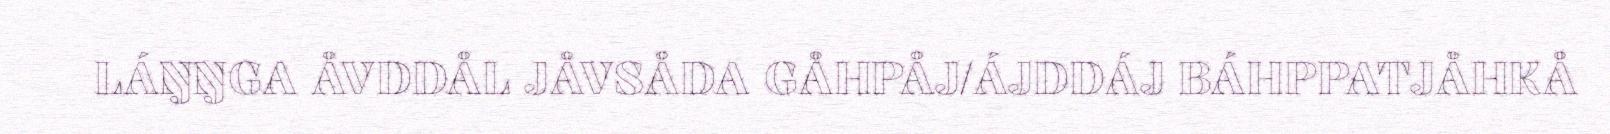
LÁŊŊGA ÅVDDÅL JÅVSÅDA GÅHPÅJ/ÁJDDÁJ BÁHPPATJÅHKÅ